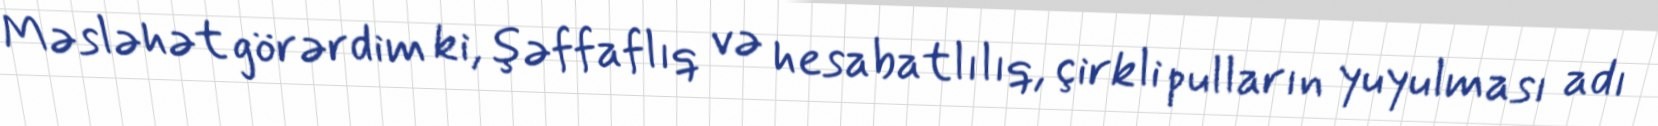
Məsləhət görərdim ki, şəffaflıq və hesabatlılıq, çirkli pulların yuyulması adı